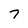
Character: 7